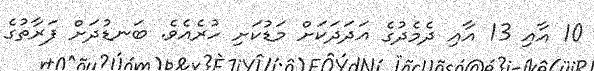
10 އާއި 13 އާއި ދެމެދުގެ އަދަދަކަށް މަޑުކަށި ހުރެއެވެ. ބަނޑުދަށް ފަރާތުގެ